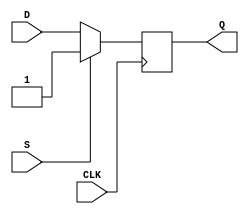
module d_flip_flop (
    input wire D,
    input wire CLK,
    input wire S,
    output reg Q
);

always @(posedge CLK) begin
    if (S) begin
        Q <= 1'b1; // Set to high value
    end else begin
        Q <= D; // Store value of D
    end
end

endmodule